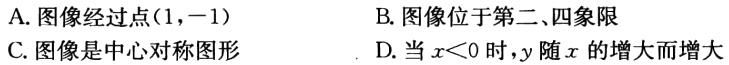
A. 图像经过点\((1,-1)\)
B. 图像位于第二、四象限
C. 图像是中心对称图形
D. 当\(x < 0\)时，\(y\)随\(x\)的增大而增大